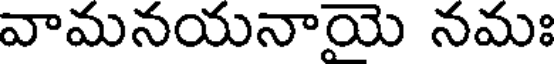
వామనయనాయె నమః